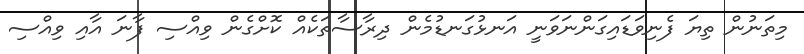
މިތަނުން ތިޔަ ފެނިވަޑައިގަންނަވަނީ އަނޅުގަނޑުމެން ދިރާސާތަކެއް ކޮށްގެން ވިއްސި ފާނަ އާއި ވިއްސި